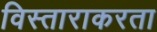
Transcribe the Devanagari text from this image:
विस्ताराकरता